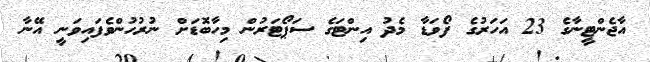
އާޖެންޓީނާގެ 23 އަހަރުގެ ފޯވަޑާ މެދު އިންޓަގެ ސަޕޯޓަރުން މިހާބޮޑަށް ނުރުހުންވެފައިވަނީ އޭނާ